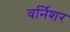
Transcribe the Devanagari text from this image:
वर्निशर